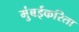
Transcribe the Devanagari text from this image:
मुंबईकरिता